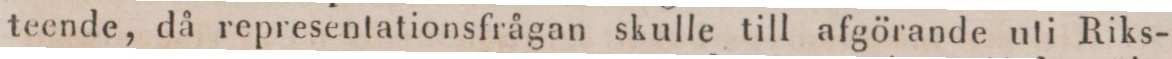
teende, då representationsfrågan skulle till afgörande uti Riks-